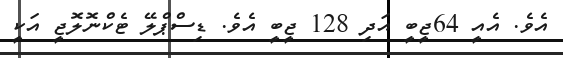
އެވެ. އެއީ 64ޖީބީ އަދި 128 ޖީބީ އެވެ. ޑިސްޕްލޭ ޓެކްނޮލޮޖީ އަކީ